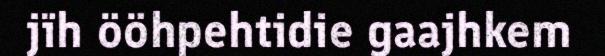
jïh ööhpehtidie gaajhkem